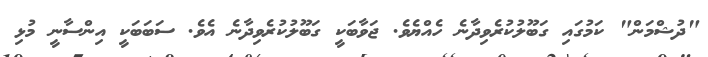
"ދުޝްމަން" ކަމުގައި ގަބޫލުކުރެވިދާނެ ހެއްޔެވެ. ޖަވާބަކީ ގަބޫލުކުރެވިދާނެ އެވެ. ސަބަބަކީ އިންސާނީ މުޅި